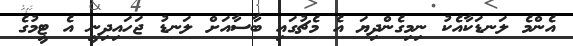
އެންމެ ލަނޑަކާއެކު ނިމިގެންދިޔަ އެ މެޗުގައި ބާސާއަށް ލަނޑު ޖަހައިދިނީ އެ ޓީމުގެ